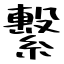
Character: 繫